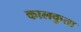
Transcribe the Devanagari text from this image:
कालकुता